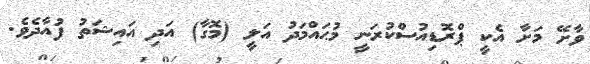
ވާށޭ މަށާ އެކީ ޕްރޮޑިއުސްކުރަނީ މުޙައްމަދު އަލީ (މޮގާ) އަދި އައިޝަތު ފުއާދެވެ.